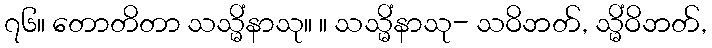
၇၆။ တောတိတာ သသ္မိံနာသု။ ။ သသ္မိံနာသု- သဝိဘတ်, သ္မိံဝိဘတ်,